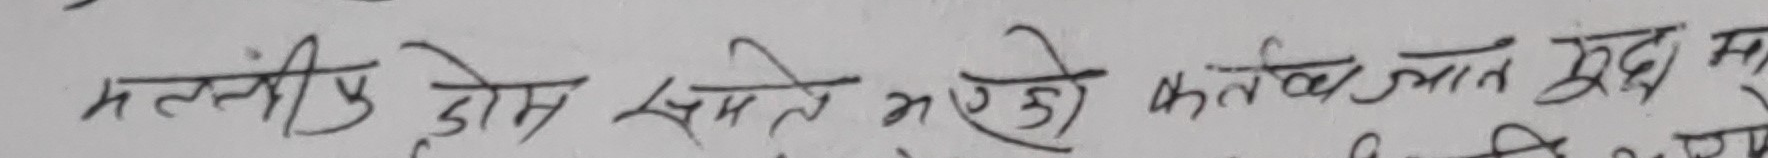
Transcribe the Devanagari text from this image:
मल्कीयु होस स्मृते भयेको कर्तव्य जात खुद म